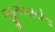
જીએસટીના